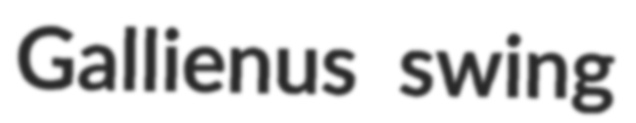
Gallienus swing